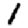
Digit: 1